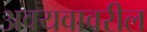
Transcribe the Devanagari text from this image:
अवयवावरील